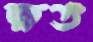
ক্ষত